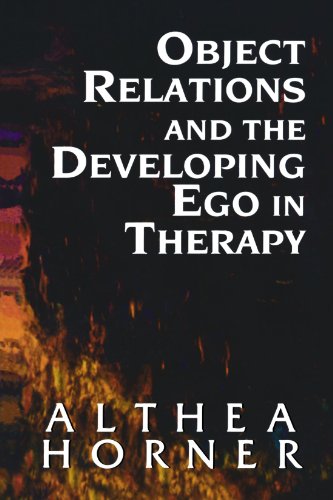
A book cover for Object Relations and the Developing Ego in Therapy (Master Work); Althea J. Horner PhD; Medical Books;